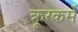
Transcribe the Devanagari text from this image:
क्रूरकर्मे